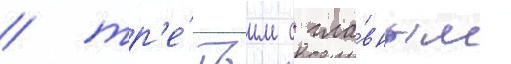
/ тр'е́тьим с гла́вным